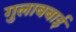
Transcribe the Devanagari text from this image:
गुलाबबाई